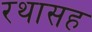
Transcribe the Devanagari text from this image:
रथासह